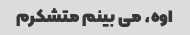
اوه، می بینم متشکرم